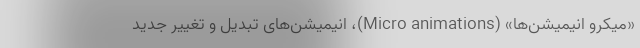
«میکرو انیمیشن‌ها» (Micro animations)، انیمیشن‌های تبدیل و تغییر جدید